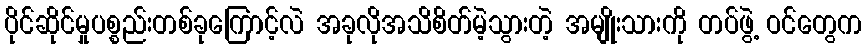
ပိုင်ဆိုင်မှုပစ္စည်းတစ်ခုကြောင့်လဲ အခုလိုအသိစိတ်မဲ့သွားတဲ့ အမျိုးသားကို တပ်ဖွဲ့ ဝင်တွေက